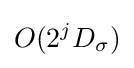
O(2^{j}D_{\sigma })